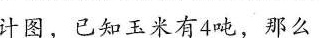
计图，已知玉米有4吨，那么